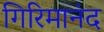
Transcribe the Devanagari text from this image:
गिरिमानंद